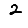
Digit: 2